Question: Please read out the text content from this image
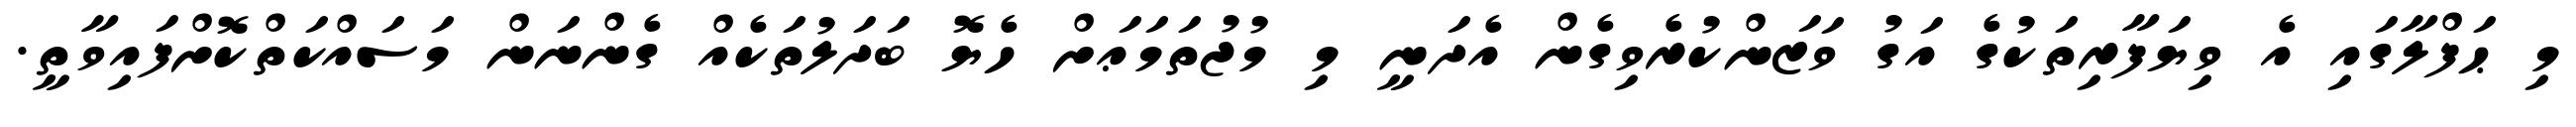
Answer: މި ޙަފްލާގައި އެ ވިޔަފާރިތަކުގެ އަގު ވަޒަންކުރެވިގެން އެދަނީ މި މުޖުތަމަޢަށް ހެޔޮ ބަދަލުތަކެއް ގެންނަން މަސައްކަތްކޮށްފައިވާތީ.